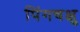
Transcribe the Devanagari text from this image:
पिंगचक्षु